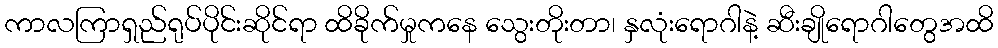
ကာလကြာရှည်ရုပ်ပိုင်းဆိုင်ရာ ထိခိုက်မှုကနေ သွေးတိုးတာ၊ နှလုံးရောဂါနဲ့ ဆီးချိုရောဂါတွေအထိ